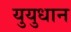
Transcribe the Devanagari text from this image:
युयुधान